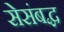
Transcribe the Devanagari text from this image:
सेसंबद्ध